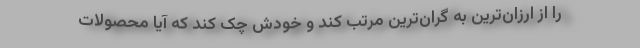
را از ارزان‌ترین به گران‌ترین مرتب کند و خودش چک کند که آیا محصولات